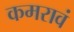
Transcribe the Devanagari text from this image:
कमरावं